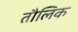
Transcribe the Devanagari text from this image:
तौलिक